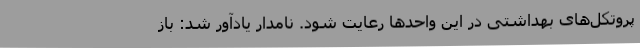
پروتکل‌های بهداشتی در این واحدها رعایت شود. نامدار یادآور شد: باز